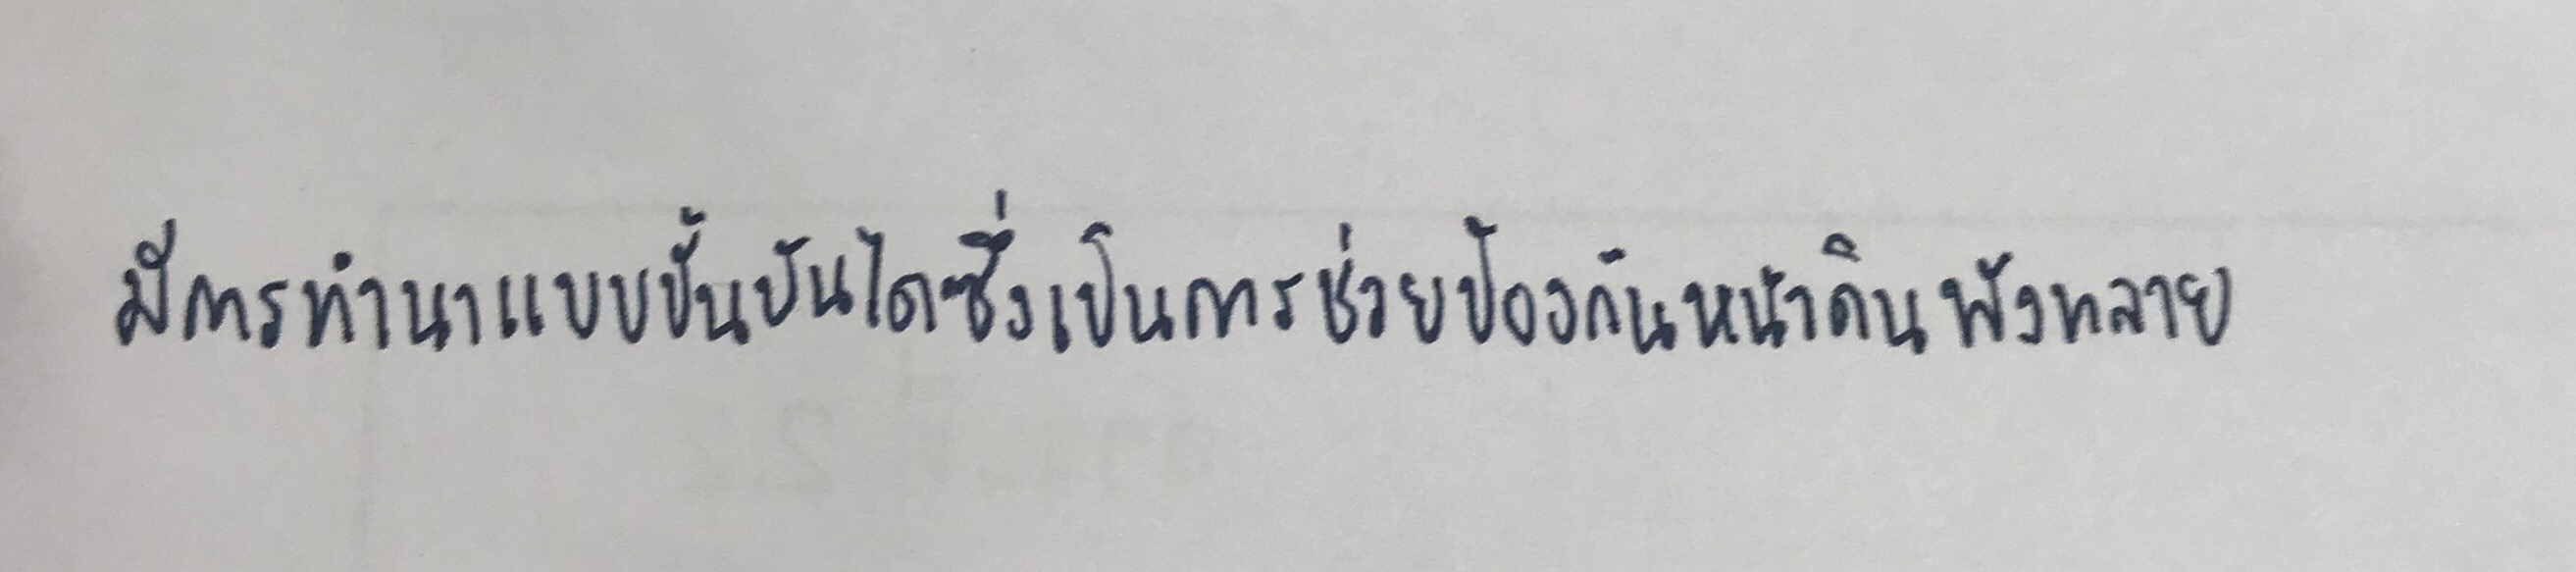
มีการทำนาแบบขั้นบันไดซึ่งเป็นการช่วยป้องกันหน้าดินพังทลาย